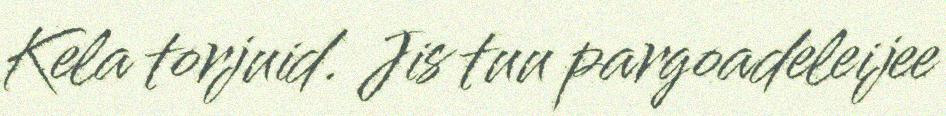
Kela torjuid. Jis tuu pargoadeleijee